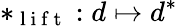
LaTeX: *_{\mathrm{~l~i~f~t~}}:d\mapsto d^{*}